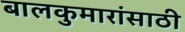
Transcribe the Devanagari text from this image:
बालकुमारांसाठी